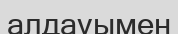
алдауымен